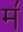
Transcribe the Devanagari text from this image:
म॔